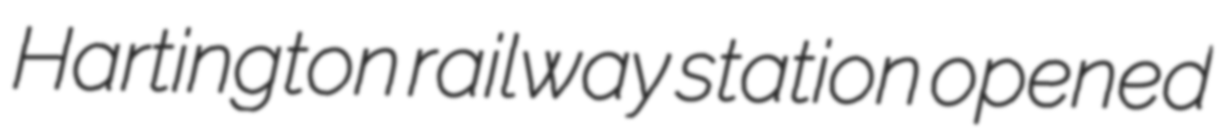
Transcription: Hartington railway station opened